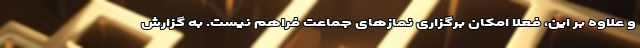
و علاوه بر این، فعلاً امکان برگزاری نمازهای جماعت فراهم نیست. به گزارش